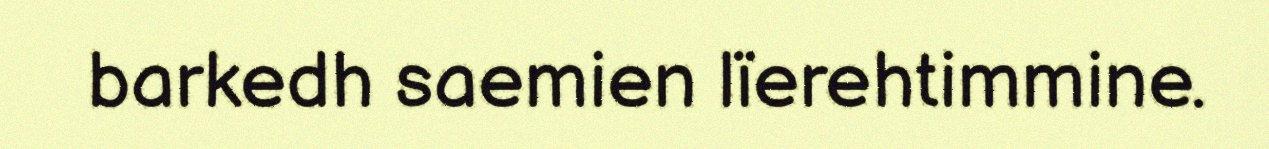
barkedh saemien lïerehtimmine.